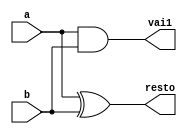
// ---------------------
//	Programao em Verilog
//
// PUC - MG
// Nome: Tiago Menegaz de Melo Garcia
//
//	Guia06	Programa1
//	Projeto de uma ALU para 4 bits com somador completo e comparador igualdade
//
// ---------------------

module halfadder ( resto,vai1,a,b );
	output resto,vai1;
	input a,b;
	
	xor XOR1 (resto,a,b);
	and AND1 (vai1,a,b);
	
endmodule//halfadder

module fulladder ( resto,vai1,vem1,a,b );
	output resto,vai1;
	input vem1,a,b;
	wire w1,w2,w3;
	
	xor XOR1 (w1,a,b);
	and AND1 (w2,a,b);
	xor XOR2 (resto,w1,vem1);
	and AND2 (w3,vem1,w1);
	or OR1 (v1,w3,w2);
	
endmodule//fulladder


module comparator ( s,sinal1,a2,a1,a0,sinal2,b2,b1,b0 );
	output s;
	input sinal1,sinal2,a2,a1,a0,b2,b1,b0;
	wire w1,w2,w4,w3;
	
	xnor XNOR1 (w1,a0,b0);
	xnor XNOR2 (w2,a1,b1);
	xnor XNOR3 (w3,a2,b2);
	xnor XNOR4 (w4,sinal1,sinal2);
	and AND1 (s,w1,w2,w3,w4);
	
endmodule//comparator

module completeadder ( s0,s1,s2,s3,s4,sinal1,a2,a1,a0,sinal2,b2,b1,b0 );
	output s0,s1,s2,s3,s4;
	input sinal1,a2,a1,a0,sinal2,b2,b1,b0;
	wire w1,w2,w3,w4,w5,w6;
	
	halfadder HALF1 ( s4,w1,a0,b0 );
	fulladder FULL1 ( s3,w2,w1,a1,b1 );
	fulladder FULL2 ( s2,w3,w2,a2,b2 );
	fulladder FULL3 ( s1,s0,w3,sinal1,sinal2 );
	
endmodule//completeadder

module testeguia06;
	reg s1,a2,a1,a0,s2,b2,b1,b0;
	wire w1,w2,w3,w4,w5,w6;
	
	comparator COMP1 (w1,s1,a2,a1,a0,s2,b2,b1,b0);
	completeadder COMPLA1 (w2,w3,w4,w5,w6,s1,a2,a1,a0,s2,b2,b1,b0 );
	
initial begin:start
end

//PARTE PRICIPAL

initial begin:main
	$display ("Guia06 - Programa1");
	$display ("Projeto de uma ALU para 4 bits com somador completo e comparador\n");
	$display ("Aluno: Tiago Menegaz de Melo Garcia		Matricula:405844\n");
	$display ("Relatorio de Testes");
	#1	a0 = 0; a2 = 0; a1 = 0; b1 = 0; b2 = 0; b0 = 0; s1 = 0; s2 = 0;
	$monitor ("%b | %b %b %b  +  %b | %b %b %b  = %b | %b | %b %b %b  Iguais[ %b ]",s1,a2,a1,a0,s2,b2,b1,b0,w2,w3,w4,w5,w6,w1);
	#1 a0 = 1;
	#1 b0 = 1;
	#1 a0 = 0; a1 = 1; b2 = 1;
	
end
endmodule